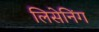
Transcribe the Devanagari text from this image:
लिसेनिंग